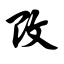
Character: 改